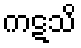
ကဋသိ